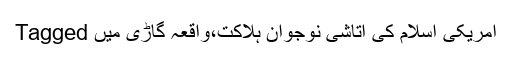
Tagged امریکی اسلام کی اتاشی نوجوان ہلاکت،واقعہ گاڑی میں